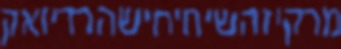
מרקיזהשיחיחישהרדיואק